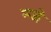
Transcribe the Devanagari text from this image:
न्जे